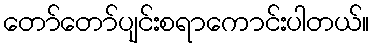
တော်တော်ပျင်းစရာကောင်းပါတယ်။